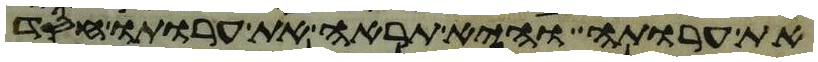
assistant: את ערותה והיא תראה את ערותו חסד